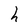
Character: h